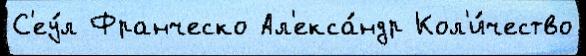
С'еу́л Франческо Ал'екса́ндр Кол'и́чество